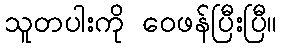
သူတပါးကို ဝေဖန်ပြီးပြီ။